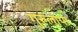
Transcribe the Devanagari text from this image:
गुरुलोपा